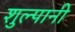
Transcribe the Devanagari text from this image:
शुल्पानी